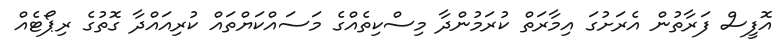
އޮފީސް ފަރާތުން އެރަށުގަ އިމާރަތް ކުރަމުންދާ މިސްކިތެއްގެ މަސައްކަޔްތައް ކުރިއައްދާ ގޮތުގެ ރިޕޯޓެއް